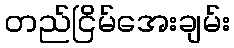
တည်ငြိမ်အေးချမ်း